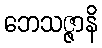
ဘေသဇ္ဇာနိ